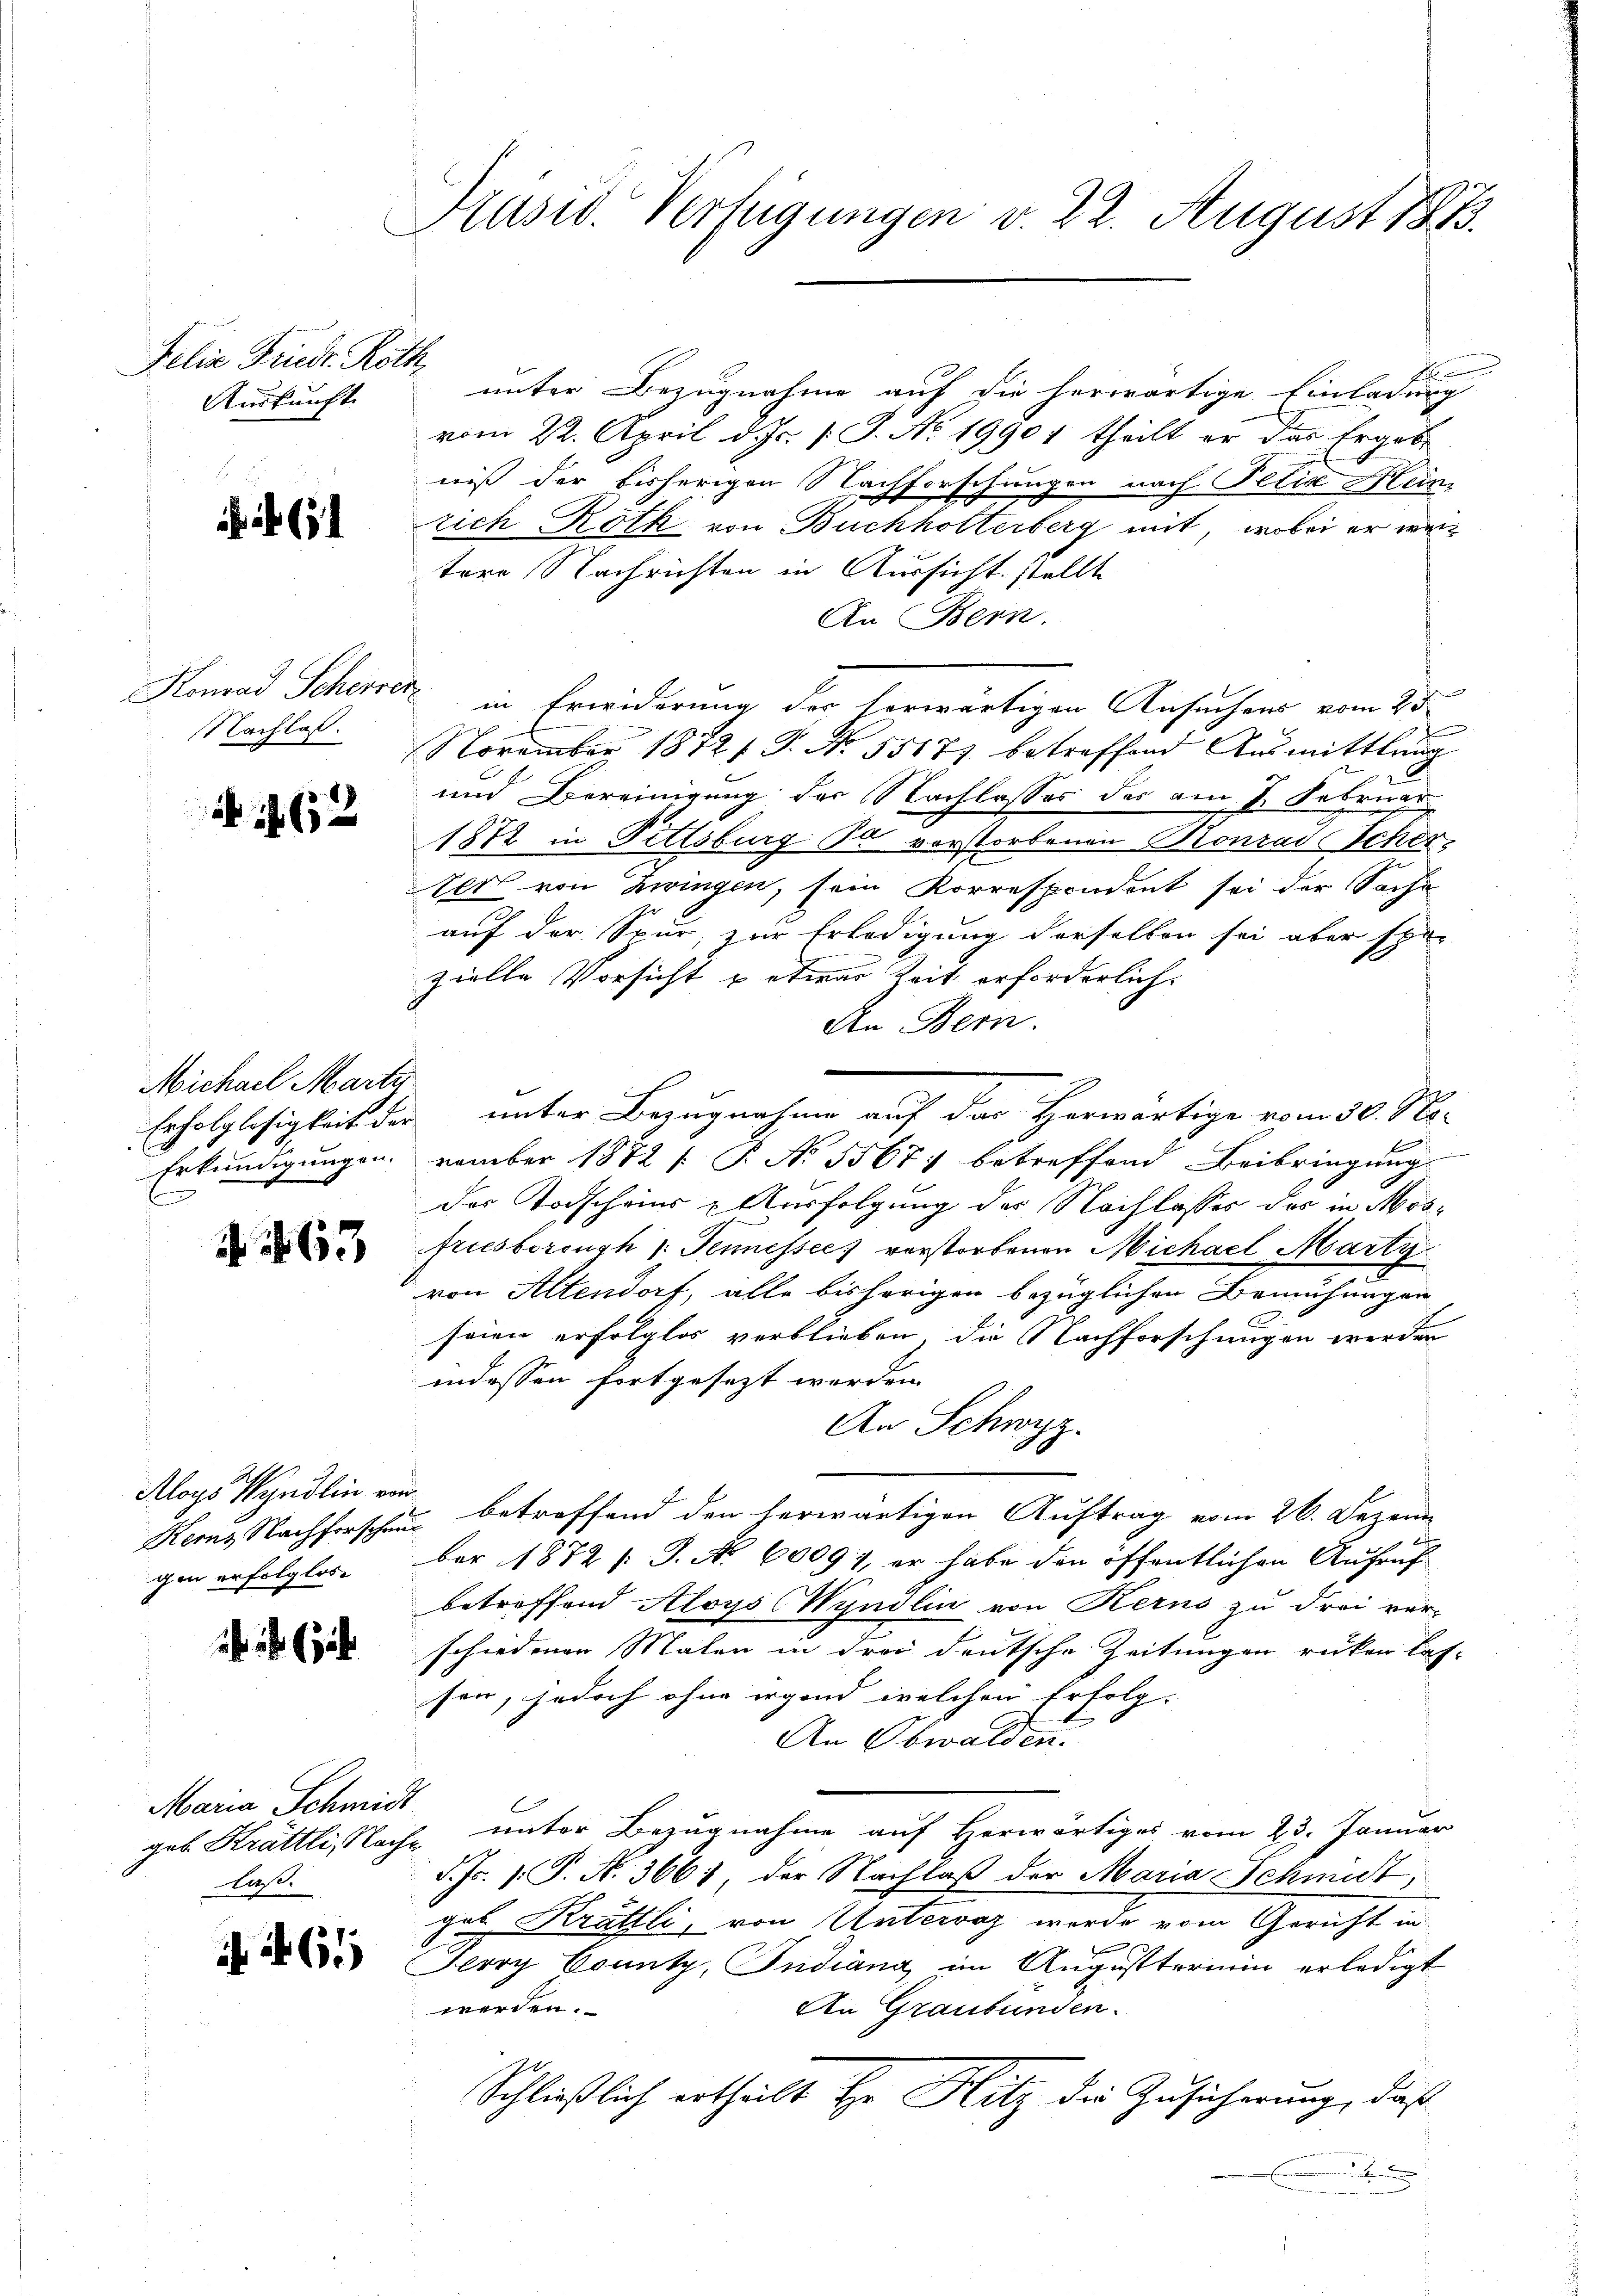
Felix Friedr. Roth,
Auskunft

NNachlas.
.

1612

Michael Marte
Erfolglosigkeit der
Erkundigungen.

263

Aloys Wyndlin von
Kerns Nachforschen
gen erfolglos

Maria Schmidt
laß.

61

Präsid. Verfügungen v. 22. August 1873.

unter Bezugnahme auf die herwärtige Einladung
vom 22. April d. Js. [J. No. 19901 theilt er das Ergebe
niß der bisherigen Nachforschungen nach Pelis Hein
rich, Roth von Buchholterberg mit, wobei er wertere Nachrichten in Aussicht stellt
An Bern.
Konrad Scherer in Erwiderung der herwärtigen Ansuchens vom 25.
November 1872 P. Nr. 55177 betreffend Ausmittlung
und Bereinigung der Nachlasses des am 7. Februar
1872 in Fittsburg da vorstorbenen Konrad Scher¬
Er von Zwingen, sein Korrespondent sei der Sache
auf der Spur, zur Erledigung derselben sei aber spä-
zielle Vorsicht u etwas Zeit erforderlich.
An Bern
.
unter Bezugnahme auf das Herwärtige vom 30. No-
vember 1872 s. P. No 5567; betreffend Beibringung
der Todscheins Ausfolgung der Nachlasses des in Mosfristorench /: Tennessee) vorstorbenen Michael Marty
von Altendorf, alle bisherigen bezüglichen Bemühungen
seien erfolglos verblieben, die Nachforschungen werden
indessen fortgesezt werden.
An Schwyz.
 betreffend den herwärtigen Auftrag vom 26. Dezem
ber 1872 [S. No 6009), er habe den öffentlichen Aufruf
betreffend Aloys (Wyndlin von Kerns zu drei ver-
schiedenen Malen in drei deutsche Zeitungen rücken lasson, jedoch ohne irgend welchen Erfolg-
An Obwalden.
geb. Krättli, Nache unter Bezugnahme auf Herwärtiges vom 23. Januar
d. Fr. 1. P. N. 3661, der Nachlaß der Maria Schmut,
geb Krattli, von Untervaz wurde vom Gericht in
Jerry County, Indiana im Augusttermin erledigt
werden.
An Graubünden.
Schließlich ertheilt ihr Hitz die Zusicherung, daß
x